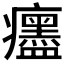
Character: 𤼎